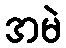
အမဲ